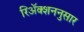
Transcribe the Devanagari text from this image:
रिॲक्शननुसार